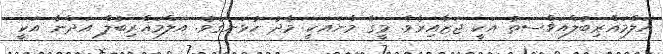
އަލްމަޣްރިބުލްއަޥްސަޠު އަކީ ޖަޒާއިރެވެ. މީގެ މާނައަކީ މެދު ހުޅަނގެވެ. އަލްމަޣްރިބުލް އަދްނާ އަކީ